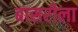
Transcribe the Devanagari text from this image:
बासरीला